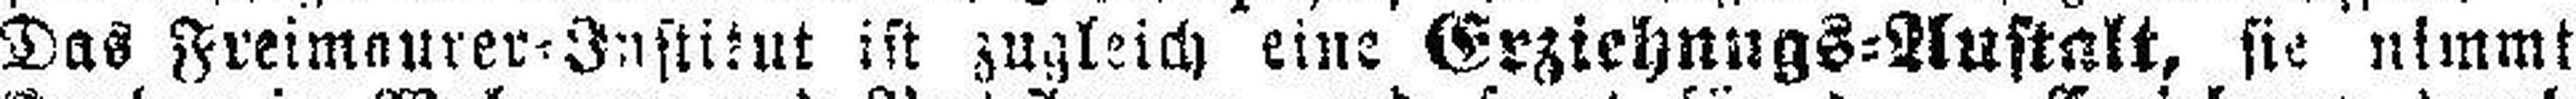
Das Freimaurer=Institut zugleich eine Erziehungs=Austalt, sie nimmt